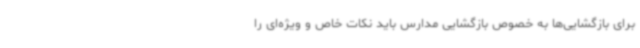
برای بازگشایی‌ها به خصوص بازگشایی مدارس باید نکات خاص و ویژه‌ای را